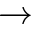
\rightarrow